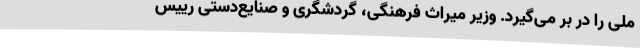
ملی را در بر می‌گیرد. وزیر میراث فرهنگی، گردشگری و صنایع‌دستی رییس